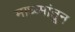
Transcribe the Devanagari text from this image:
माध्य्मांतून